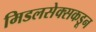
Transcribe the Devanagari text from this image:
मिडलसेक्सकडून